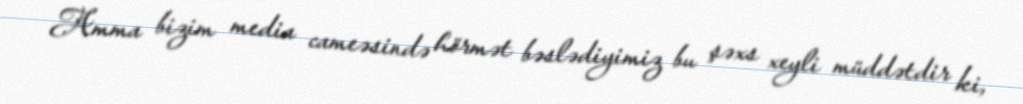
Amma bizim media cameəsində hörmət bəslədiyimiz bu şəxs xeyli müddətdir ki,